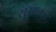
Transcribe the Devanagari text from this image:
समाज।।